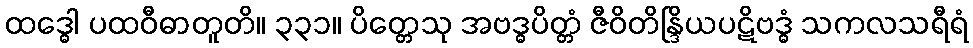
ထဒ္ဓေါ ပထဝီဓာတူတိ။ ၃၃၁။ ပိတ္တေသု အဗဒ္ဓပိတ္တံ ဇီဝိတိန္ဒြိယပဋိဗဒ္ဓံ သကလသရီရံ